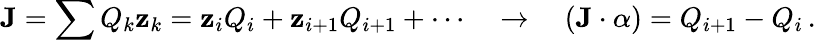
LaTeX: {\mathbf J}=\sum Q_{k}{\mathbf z}_{k}={\mathbf z_{i}}Q_{i}+{\mathbf z_{i+1}}Q_{i+1}+\cdots\quad\to\quad({\mathbf J}\cdot\alpha)=Q_{i+1}-Q_{i}\, .